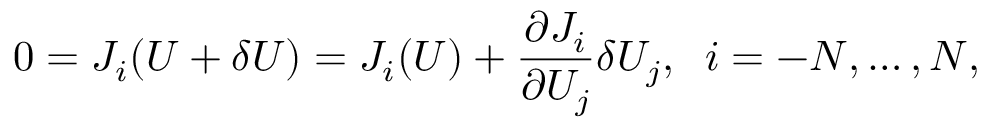
0 = J _ { i } ( U + \delta U ) = J _ { i } ( U ) + \frac { \partial J _ { i } } { \partial U _ { j } } \delta U _ { j } , \; \; i = - N , \ldots , N ,